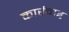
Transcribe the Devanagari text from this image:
कार्रवाइ्र्र